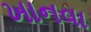
ખાનવા